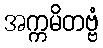
အက္ကမိတဗ္ဗံ